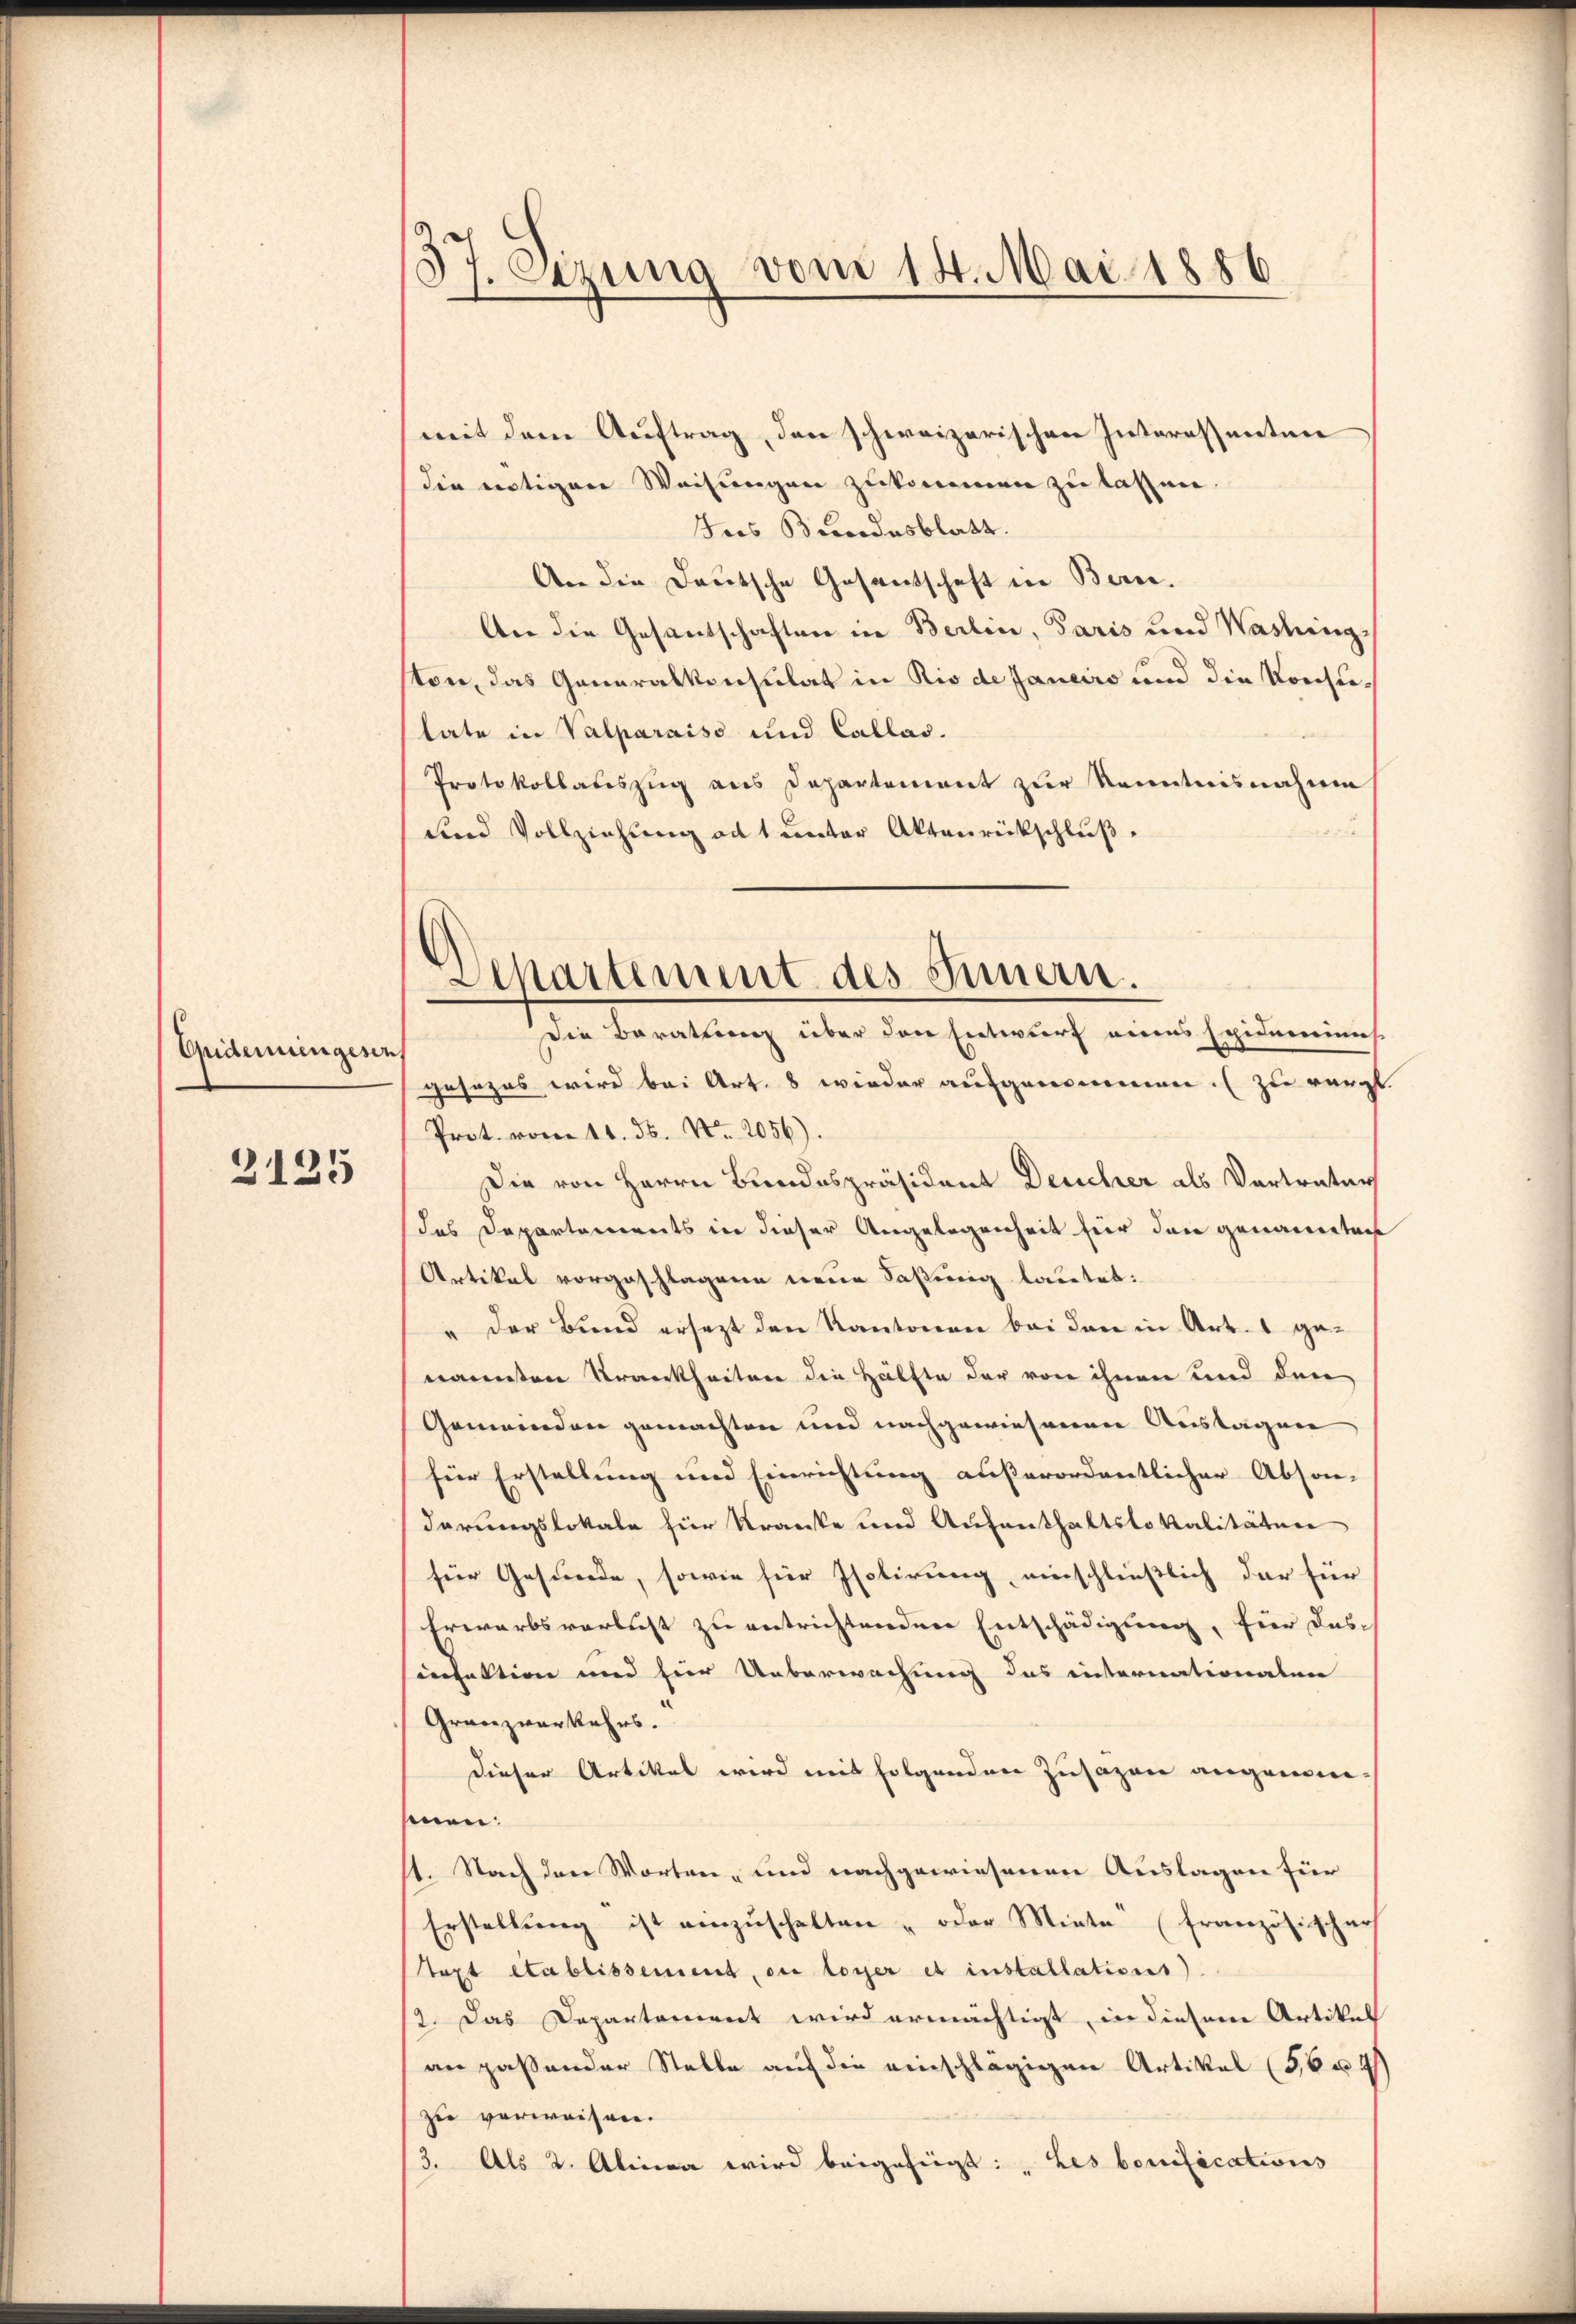
Gudemiengesen,

2125

37. Sizung vom 14. Mai 1886

Alkartement des Innern.
Die Baratung über den Entwurf eines Epidemiens

weit dem Auftrag, den schweizerischen Interessenten
die nötigen Weisungen zukommen zu lassen.
Ins Bundesblatt.
An die Deutsche Gesantschaft in Berei.
An die Gesandschaften in Berlin, Paris und Washing
ton, das Generalkonsulat in Rio de Janeiro und die Konsutate in Valparaiso und Callas.
Protokollauszug aus Departement zur Kenntnisnahme
a
und Vollziehung ad 1 unter Aktenrückschluß.
Jesezes wird bei Art. 8 wieder aufgenommen. zu verg
Prot. vom 11. ds. No. 2056).
Die von Herrn Bundespräsident Deucher als Vertreter
das Departements in dieser Angelegenheit für den genanntens
Artikal vorgeschlagene neue Faßung lautet:
" der Bund ersezt den Kantonen bei den in Art. 1 genannten Krankheiten die Hälfte der von ihnen und den
Gemeinden gemachten und nachgewiesenen Austagen
für Erstellung und Einrichtung außerordentlicher Abson-
darungslokale für Kranke und Aufenthaltslokalitäten
für Gesunde, sowie für Isolirung, einschließlich der für
Erwarbsverlust zu entrichtenden Entschädigung, für das
nfaktion und hier Ueberwachung das internationalen
Granzwerkehrs.
dieser Artikel wird mit folgenden Zusagen angemei
mnen.
11. Nach den Worten- und nachgewiesenen Auslagen für
Erstellŭng ist einzuschalten - oder Miete“ (französischen
text établissement, die loyer et installations)
2. Das Departonient wird ermächtigt, in diesem Artikel
an paßender Stelle auf die einschlägigen Artikel (56 u. 2
zu verweisen.
(3. Als 2. Alina wird beigefügt: „Les bonifications